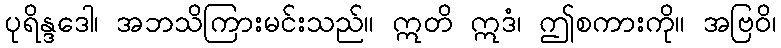
ပုရိန္ဒဒေါ၊ အဘသိကြားမင်းသည်။ ဣတိ ဣဒံ၊ ဤစကားကို။ အဗြဝိ၊